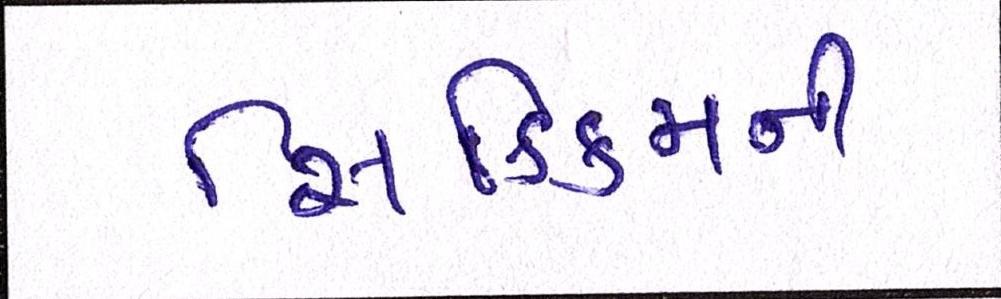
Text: સિક્કિમની